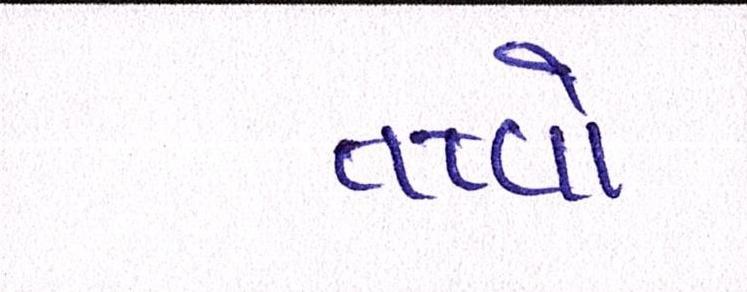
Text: તત્ત્વો